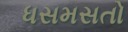
ધસમસતો